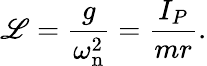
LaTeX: \mathscr{L}={\frac{{g}}{{\omega_{\mathrm{{n}}}^{2}}}}={\frac{{I_{P}}}{{mr}}}.